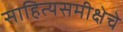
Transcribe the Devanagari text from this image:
साहित्यसमीक्षेचे